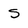
Character: s